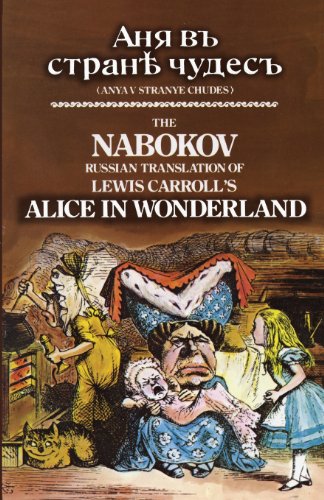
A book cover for The Nabokov Russian Translation of Lewis Carroll's Alice in Wonderland; Lewis Carroll; Literature & Fiction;